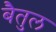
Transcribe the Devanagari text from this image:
बेैतुल